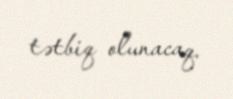
tətbiq olunacaq.